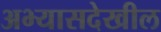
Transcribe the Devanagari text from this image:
अभ्यासदेखील